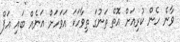
ވާނެ ހެން ކުރިއަށް އޮތް ތަނުގަ ތިވާހަކަ އަވަހަށް އަނެއް ބައި އަޕް